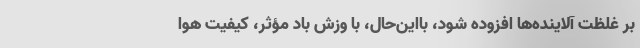
بر غلظت آلاینده‌ها افزوده شود، بااین‌حال، با وزش باد مؤثر، کیفیت هوا